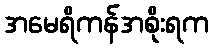
အမေရိကန်အစိုးရက